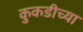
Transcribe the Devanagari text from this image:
कुकडीच्या